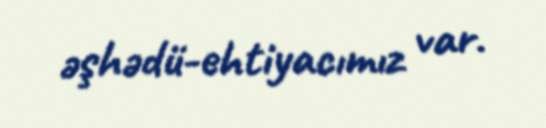
əşhədü-ehtiyacımız var.